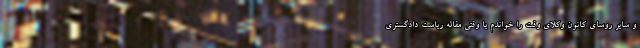
و سایر روسای کانون وکلای وقت را خواندم یا وقتی مقاله ریاست دادگستری